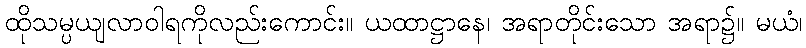
ထိုသမ္ပယျလာဝါရကိုလည်းကောင်း။ ယထာဋ္ဌာနေ၊ အရာတိုင်းသော အရာ၌။ မယံ၊